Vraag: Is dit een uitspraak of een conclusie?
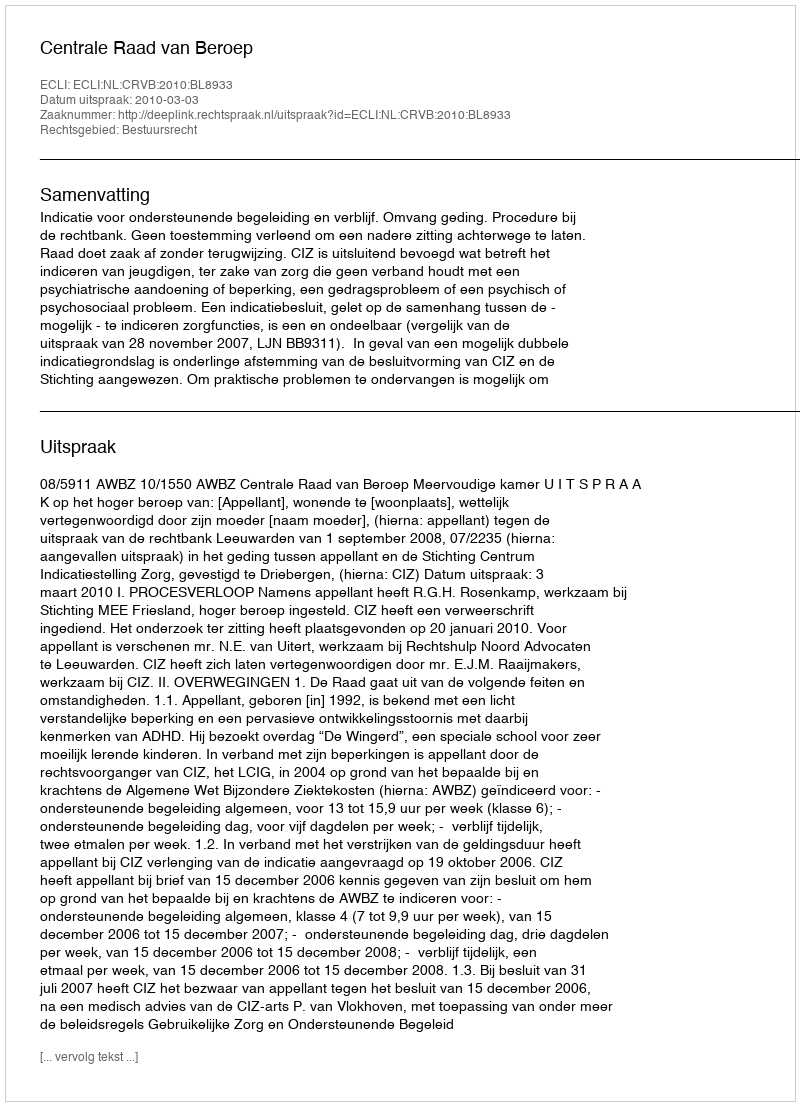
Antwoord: Uitspraak